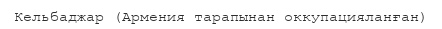
Кельбаджар (Армения тарапынан оккупацияланған)